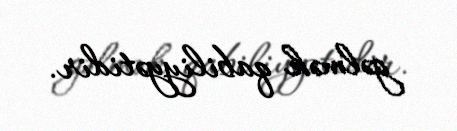
gəlmək qabiliyyətidir.